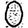
Digit: 0